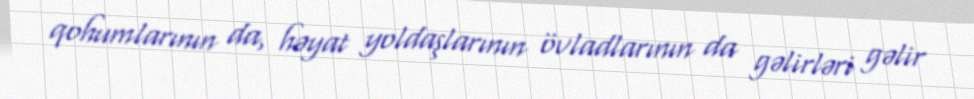
qohumlarının da, həyat yoldaşlarının övladlarının da gəlirləri gəlir